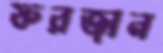
ফরজান